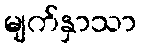
မျက်နှာသာ